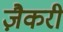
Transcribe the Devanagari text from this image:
ज़ैकरी